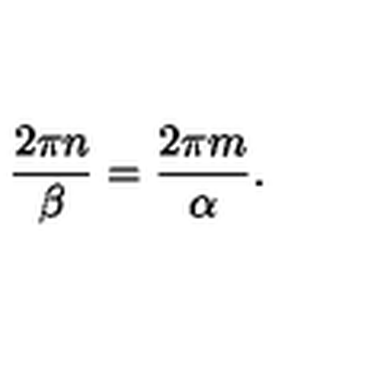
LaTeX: \frac { 2 \pi n } { \beta } = \frac { 2 \pi m } { \alpha } .